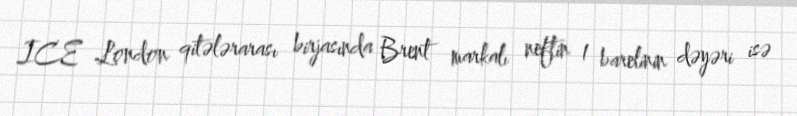
ICE London qitələrarası birjasında Brent markalı neftin 1 barelinin dəyəri isə